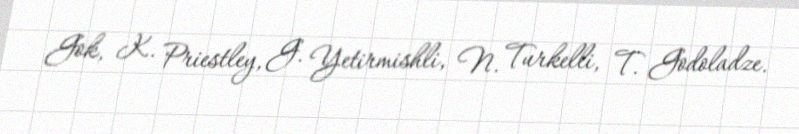
Gok, K. Priestley, G. Yetirmishli, N. Turkelli, T. Godoladze.